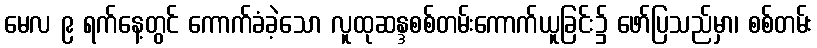
မေလ ၉ ရက်နေ့တွင် ကောက်ခံခဲ့သော လူထုဆန္ဒစစ်တမ်းကောက်ယူခြင်း၌ ဖော်ပြသည်မှာ၊ စစ်တမ်း